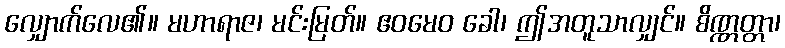
လျှောက်လေ၏။ မဟာရာဇ၊ မင်းမြတ်။ ဧဝမေဝ ခေါ၊ ဤအတူသာလျှင်။ စိဏ္ဏတ္တာ၊